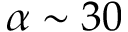
\alpha \sim 3 0